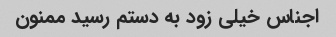
اجناس خیلی زود به دستم رسید ممنون